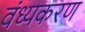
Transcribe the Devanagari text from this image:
वंध्यकरण